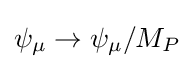
\psi _{\mu }\rightarrow \psi _{\mu }/M_{P}